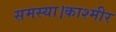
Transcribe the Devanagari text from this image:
समस्या।काश्मीर